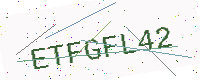
Text: ETFGFL42